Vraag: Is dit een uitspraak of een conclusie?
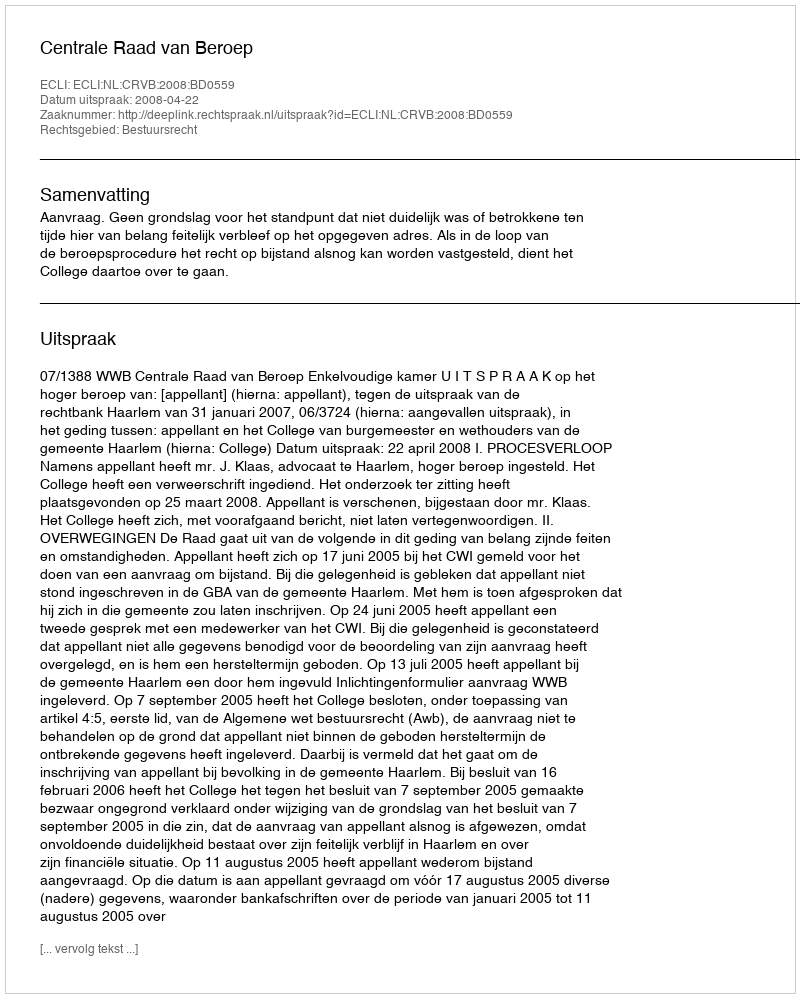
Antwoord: Uitspraak